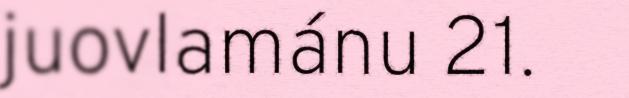
juovlamánu 21.